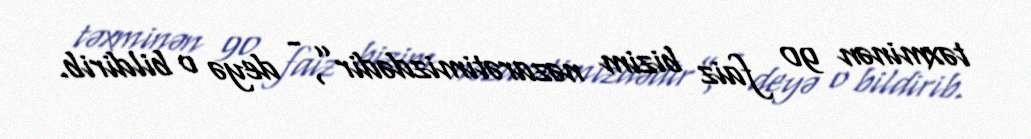
təxminən 90 faiz bizim nəzarətimizdədir”, - deyə o bildirib.